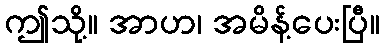
ဤသို့။ အာဟ၊ အမိန့်ပေးပြီ။